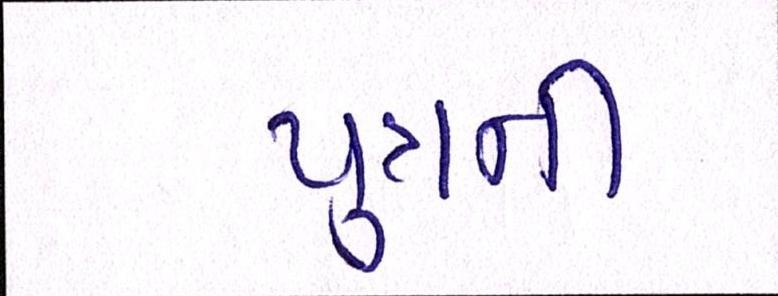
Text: પુત્રની